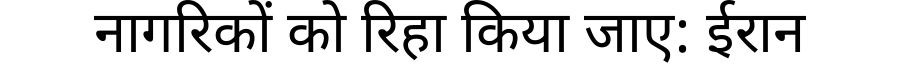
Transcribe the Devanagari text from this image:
नागरिकों को रिहा किया जाए: ईरान